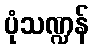
ပုံသဏ္ဍန်